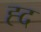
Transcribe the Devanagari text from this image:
ह्द